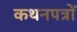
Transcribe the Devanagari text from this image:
कथनपत्रों